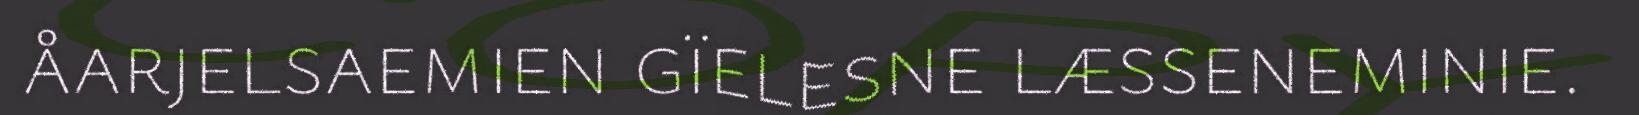
åarjelsaemien gïelesne læsseneminie.